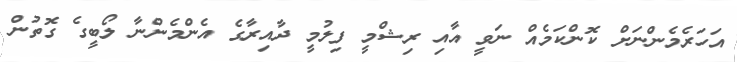
އަހަރެމެންނަށް ކޮންކަމެއް ނަވީ އާއި ރިޝްމީ ފިލުމީ ދާއިރާގެ އެންމެންނާ ލޯބީގެ ގޮތުން